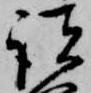
諸